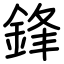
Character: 鋒